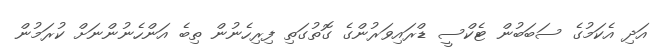
އަދި އެކަމުގެ ސަބަބުން ޓެކްސީ ޑްރައިވަރުންގެ ގޮތުގަތި ފިރިހެނުން ތިބެ އަންހެނުންނަށް ކުރަމުން